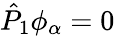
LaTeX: \hat{P}_{1}\phi_{\alpha}=0